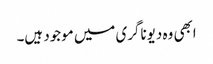
ابھی وہ دیوناگری میں موجود ہیں۔